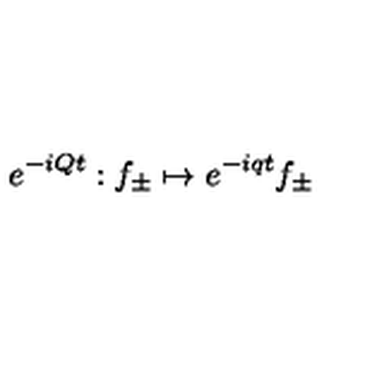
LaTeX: e ^ { - i Q t } : f _ { \pm } \mapsto e ^ { - i q t } f _ { \pm }